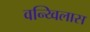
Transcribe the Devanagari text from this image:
वन्य्विलास